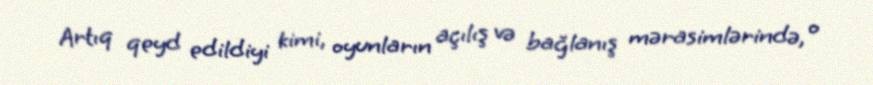
Artıq qeyd edildiyi kimi, oyunların açılış və bağlanış mərasimlərində, o